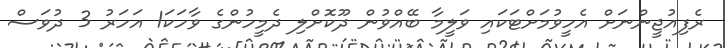
ރެފިއުޖީންނަށް އެހީވުމަށްޓަކައި ވަލީމާ ބޭއްވުން ދޫކޮށްލި ދެމީހުންގެ ވާހަކަ1 އަހަރު 3 ދުވަސް